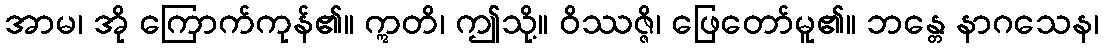
အာမ၊ အို ကြောက်ကုန်၏။ ဣတိ၊ ဤသို့။ ဝိဿဇ္ဇိ၊ ဖြေတော်မူ၏။ ဘန္တေ နာဂသေန၊